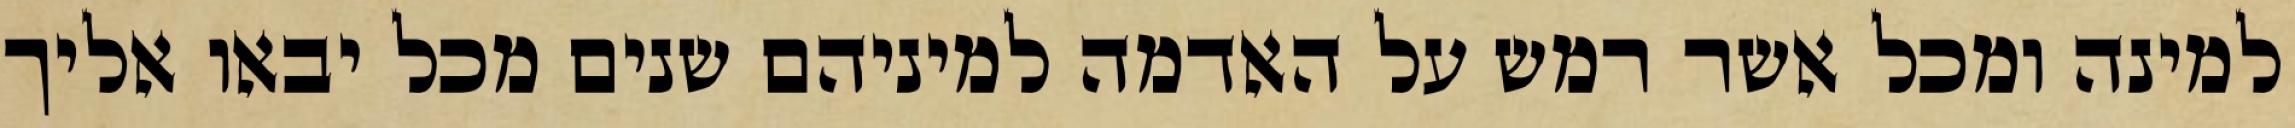
למינה ומכל אשר רמש על האדמה למיניהם שנים מכל יבאו אליך